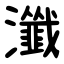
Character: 瀸